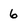
Character: 6